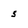
Character: 5